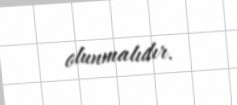
olunmalıdır.